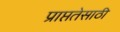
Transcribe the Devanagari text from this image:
प्राप्ततेसाठी